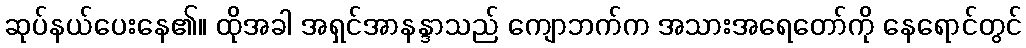
ဆုပ်နယ်ပေးနေ၏။ ထိုအခါ အရှင်အာနန္ဒာသည် ကျောဘက်က အသားအရေတော်ကို နေရောင်တွင်